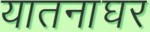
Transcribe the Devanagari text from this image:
यातनाघर